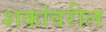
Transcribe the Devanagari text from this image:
शकांवरील